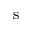
\mathrm { s }